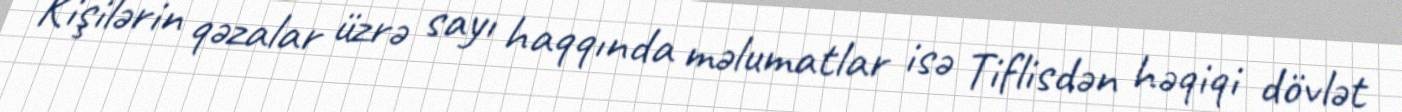
Kişilərin qəzalar üzrə sayı haqqında məlumatlar isə Tiflisdən həqiqi dövlət